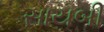
સાયબી